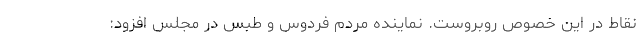
نقاط در این خصوص روبروست. نماینده مردم فردوس و طبس در مجلس افزود: